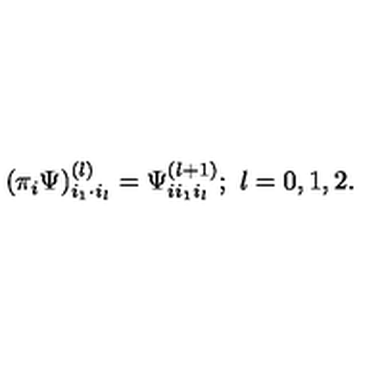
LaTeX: ( \pi _ { i } \Psi ) _ { i _ { 1 } \cdot i _ { l } } ^ { ( l ) } = \Psi _ { i i _ { 1 } i _ { l } } ^ { ( l + 1 ) } ; \ l = 0 , 1 , 2 .